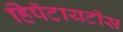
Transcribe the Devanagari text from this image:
हिपॅटायटीस